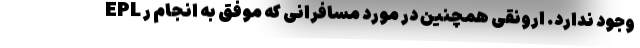
EPL وجود ندارد. ارونقی همچنین در مورد مسافرانی که موفق به انجام ر